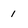
Character: 1